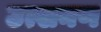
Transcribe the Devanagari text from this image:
उत्खनण